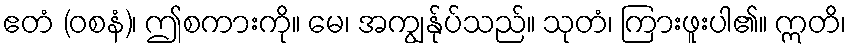
ဧတံ (ဝစနံ)၊ ဤစကားကို။ မေ၊ အကျွန်ုပ်သည်။ သုတံ၊ ကြားဖူးပါ၏။ ဣတိ၊